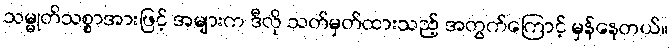
သမ္မုတိသစ္စာအားဖြင့် အများက ဒီလို သတ်မှတ်ထားသည့် အတွက်ကြောင့် မှန်နေတယ်။